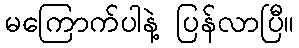
မကြောက်ပါနဲ့ ပြန်လာပြီ။